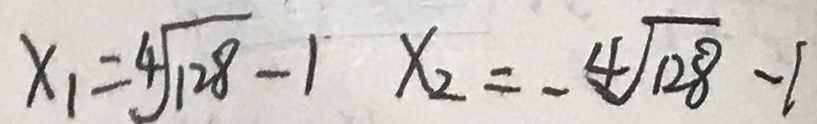
x _ { 1 } = 4 \sqrt { 1 2 8 } - 1 x _ { 2 } = - 4 \sqrt { 1 2 8 } - 1